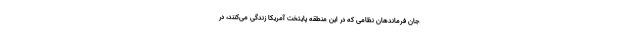
جان فرماندهان نظامی که در این منطقه پایتخت آمریکا زندگی می‌کنند، در